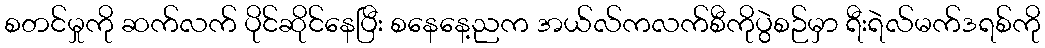
စတင်မှုကို ဆက်လက် ပိုင်ဆိုင်နေပြီး စနေနေ့ညက အယ်လ်ကလက်စီကိုပွဲစဉ်မှာ ရီးရဲလ်မက်ဒရစ်ကို